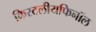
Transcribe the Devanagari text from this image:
क्रिस्टलीयफिनॉल